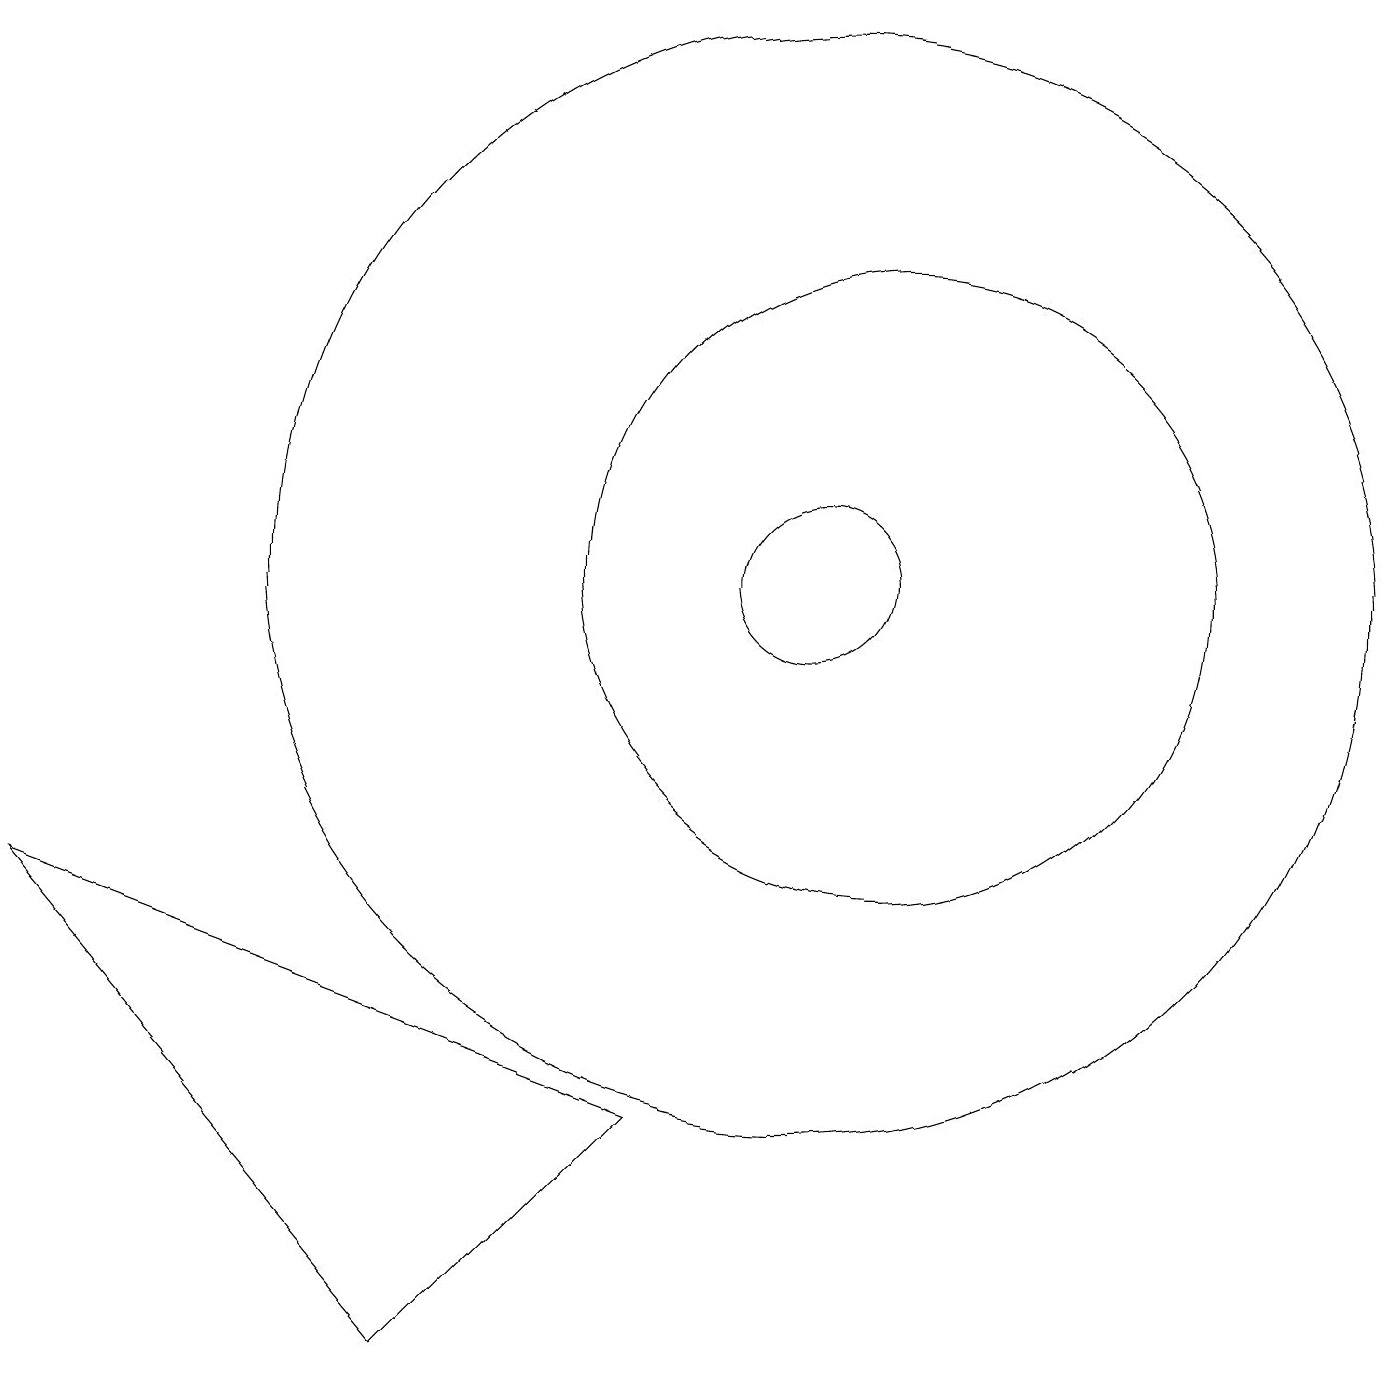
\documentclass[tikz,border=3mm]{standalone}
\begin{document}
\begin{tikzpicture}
\draw (10,11) circle (1);
\draw (11,11) circle (4);
\draw (5,1) -- (0,7) -- (8,4) -- cycle;
\draw (10,11) circle (7);
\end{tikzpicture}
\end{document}